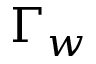
\Gamma _ { w }